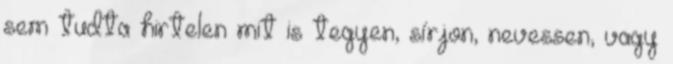
sem tudta hirtelen mit is tegyen, sírjon, nevessen, vagy